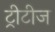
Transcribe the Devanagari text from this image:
ट्रीटीज